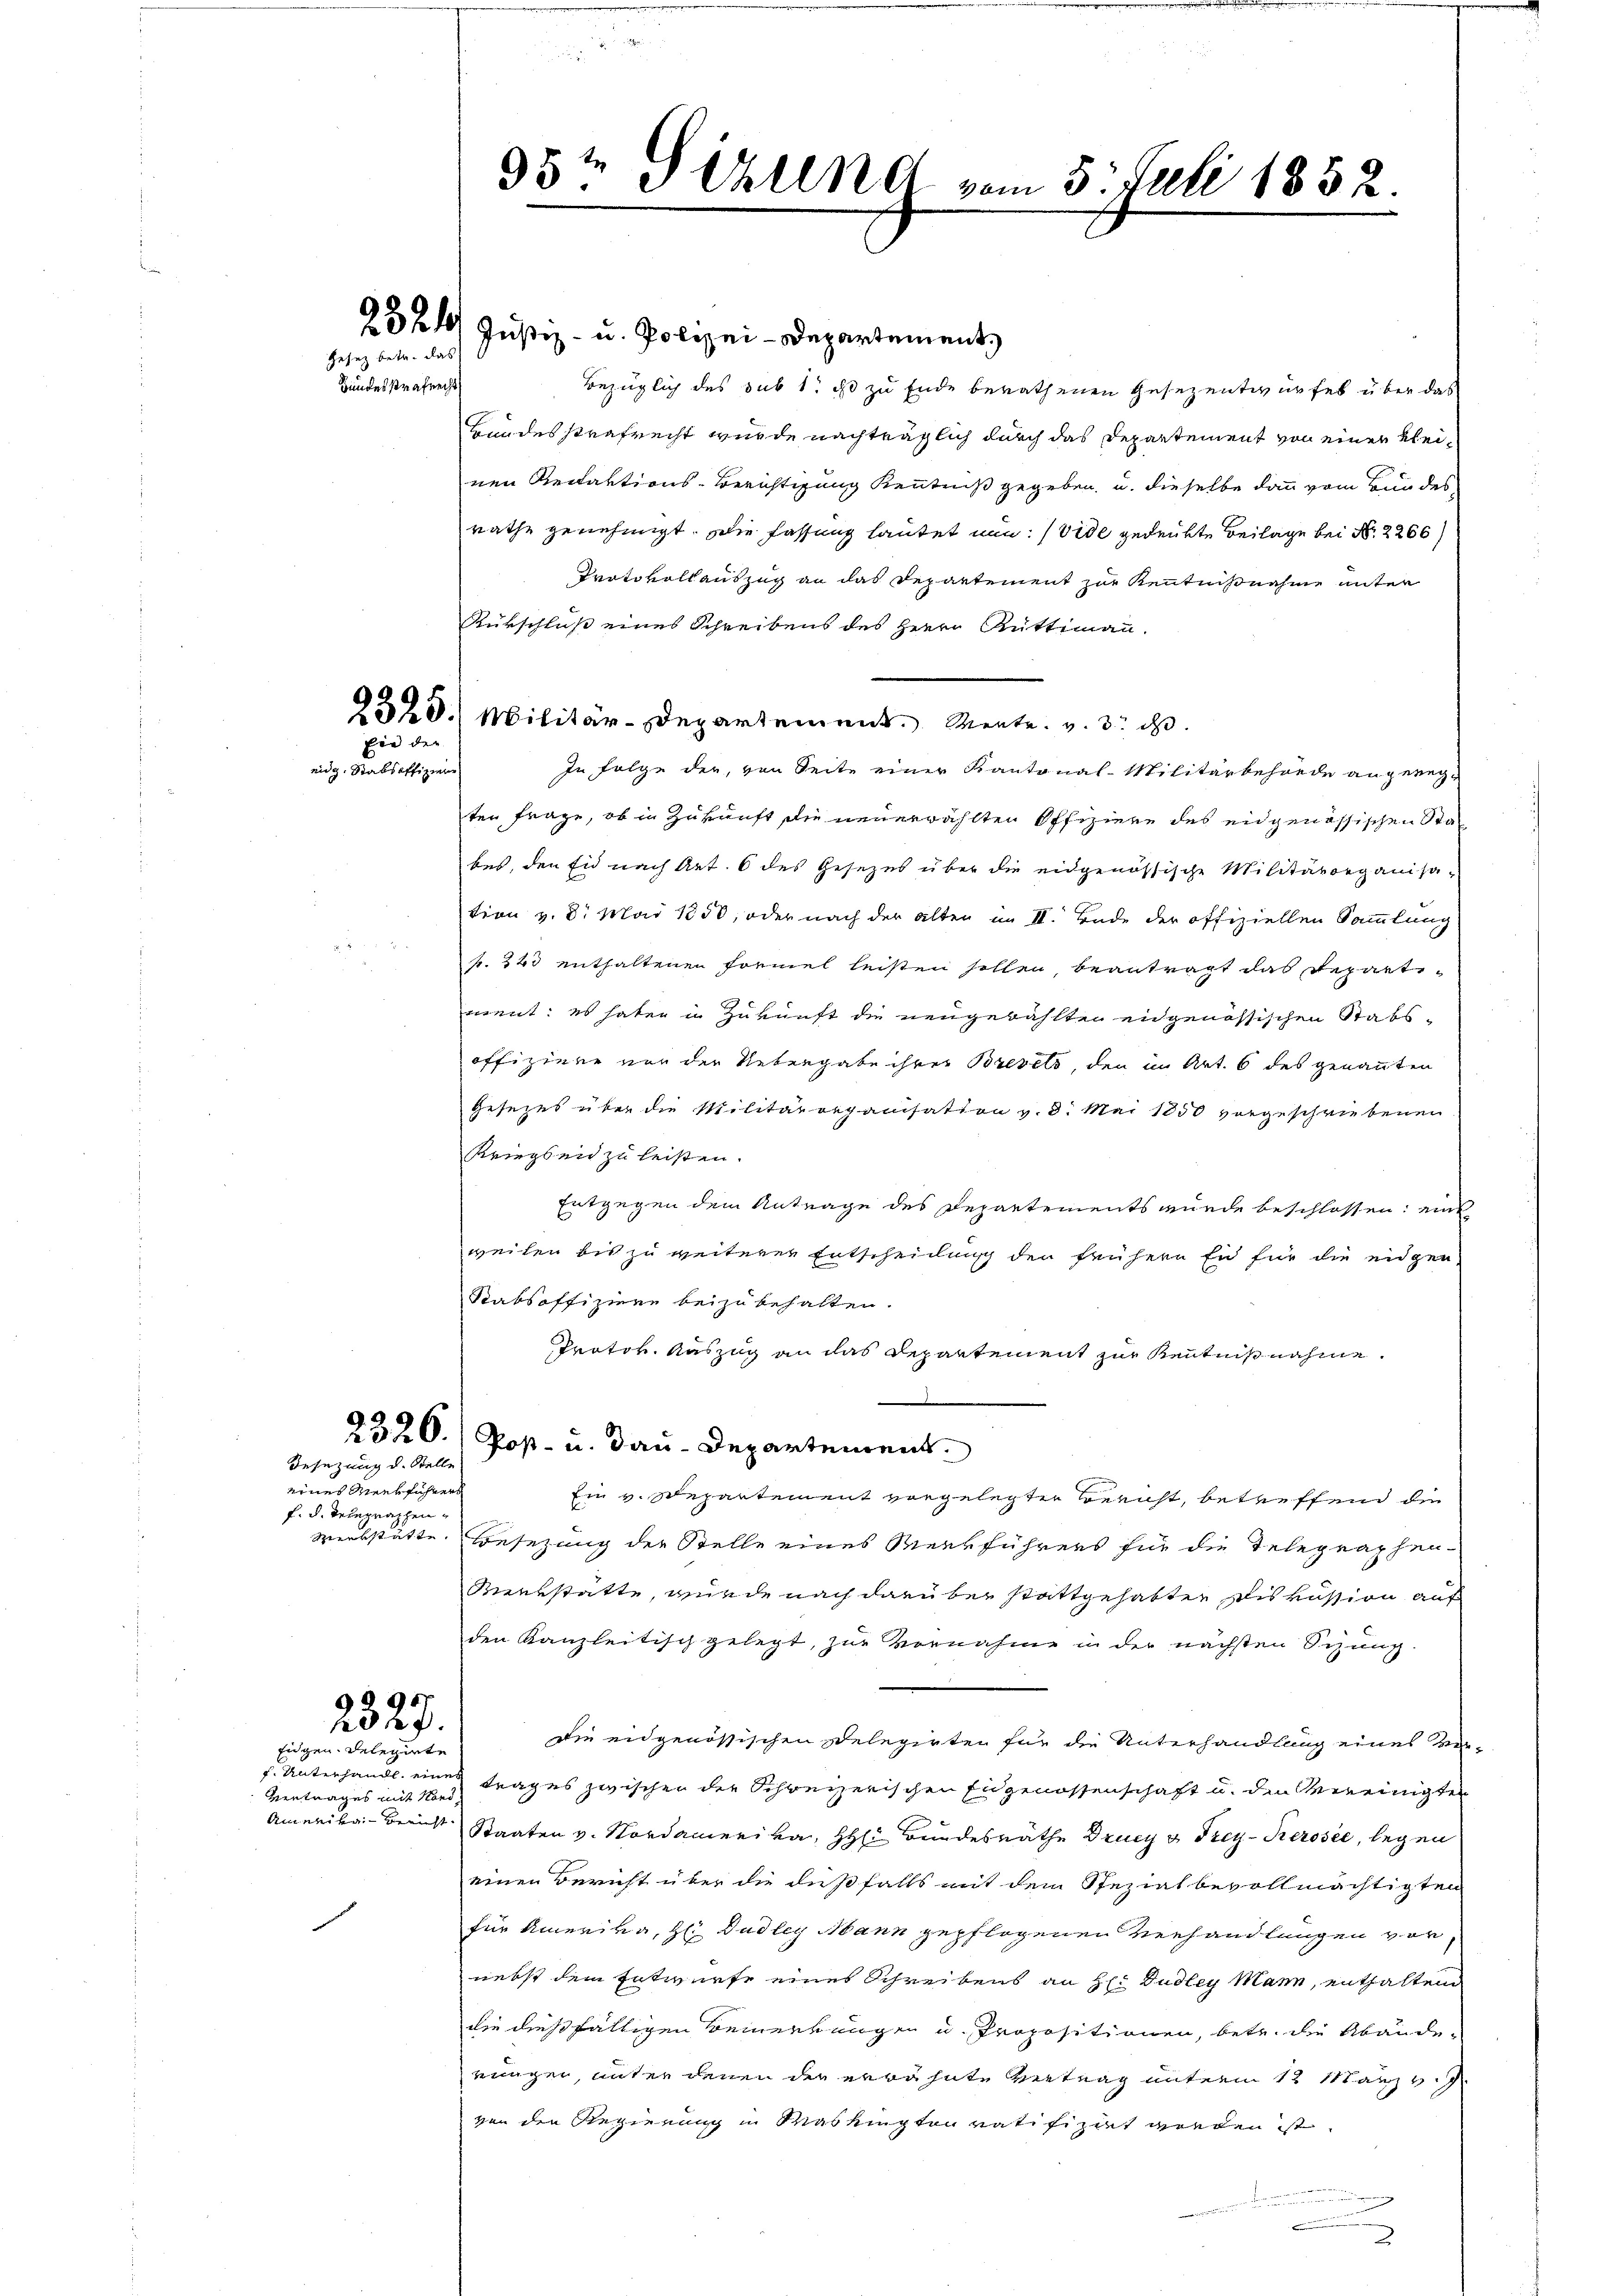
Gesez betr. das

Bundesstrafrecht

Eie der |
eidg. Stabsoffiziere

eines Meetführers
f. d. Telegraphen

Besetzung d. Stelle

2327.
Eigen Delegirte

Vertrages mit Nord¬

23 24 Justiz- u. Polizei-Departement
Bezüglich des sub 1. ds zu Ende berathenen Gesezentwurfes über das
Bundesstrafrecht wurde nachträglich durch das Departement von einer Kleinen Redaktions-Berichtigung Kenntniß gegeben, u. dieselbe dann vom Bundesrathe genehmigt. Die Fassung lautet nun: (Vide gedenkte Beilage bei No 2266/
Protokoll auszug an das Departement zur Kenntnißnahme unter
Rükschluß eines Schreibens des Herrn Rüttimann.
2320. Militär-Departement Mente. v. 3. d.
In Folge der, von Seite einer Kantonal-Militärbehörde angenegten Frage, ob in Zukunft die neuerwählten Offiziere des eidgenössischen Stabes, den Eid nach Art. 6 des Gesezes über die eidgenössische Militärorganisation v. 8. Mai 1850, oder nach der alten im II. Bade der offiziellen Sammlung
p. 343 enthaltenen Formel leisten sollen, beantragt das Repartiment: es haben in Zukunft die neugewählten eidgenössischen Stabs-
offiziere nur der Uebergabe ihrer Brevels, den in Art. 6 des genannten
Gesezes über die Militärrepanisation v. d. Mai 1850 vorgeschriebenen
Kriegsen zu leisten.
Entgegen dem Antrage des Departements wurde beschlossen: eine
weilen bis zu weiterer Entscheidung der frühern en für die eidgen
Stabsoffiziere beizubehalten.
Protor. Auszug an das Departement zur Kenntnißnahme.
e
2320.) Post- u. dau-Departement
Ein v. Repartement vorgelegter Bericht, betreffend die
werkstätte Besezung der Stelle eines Merkführers für die Telegraphen-
Werkstätte, wurde nach darüber stattgehabten Diskussion auf
den Kanzleitisch gelegt, zur Vornahme in der nächsten Sitzung.
Die eidgenössischen Delegirten für die Unterhandlung eines ver-
f. Unterhandl. eines trages zwischen der Schweizerischen Eidgenossenschaft u. den vereinigten
Amerika-Bericht Staaten v. Nordamerika, H: Bundesräthe Drucy v. Frey-Kerosée, legen
einen Bericht über die dißfalls mit dem Spezialbevollmächtigten
für Amerika, H: Dudley Mann gepflogenen Verhandlungen vor
nebst dem Entwurfe eines Schreibens an H. Dudley Mann, enthaltend
die dießfälligen Bemerkungen u. Propositionen, betr. die Abänderungen, unter denen der erwähnte Vertrag unterm 12 März v
von den Regierung in Washingten ratifizirt werden ist.

3

35t Sekund vom 5. Juli 1852.